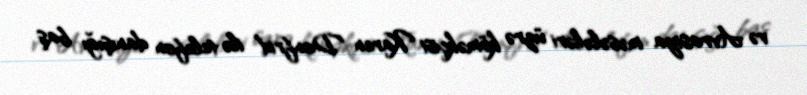
və Avrasiya məsələləri üzrə köməkçisi Karen Donfrid ilə telefon danışığı baş